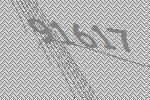
91617